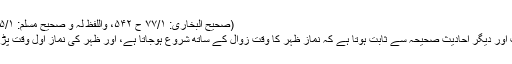
(صحیح البخاری: ۷۷/۱ ح ۵۴۲، واللفظ لہ و صحیح مسلم: ۲۲۵/۱ ح ۲۲۰)
۱:اس روایت اور دیگر احادیث صحیحہ سے ثابت ہوتا ہے کہ نمازِ ظہر کا وقت زوال کے ساتھ شروع ہوجاتا ہے، اور ظہر کی نماز اول وقت پڑھنی چاہئے ۔